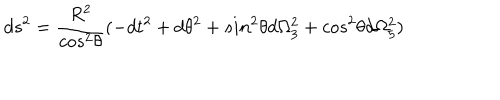
d s ^ { 2 } = \frac { R ^ { 2 } } { c o s ^ { 2 } \theta } ( - d t ^ { 2 } + d \theta ^ { 2 } + s i n ^ { 2 } \theta d \Omega _ { 3 } ^ { 2 } + c o s ^ { 2 } \theta d \Omega _ { 5 } ^ { 2 } )